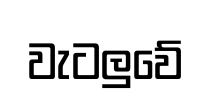
වැටලුවේ